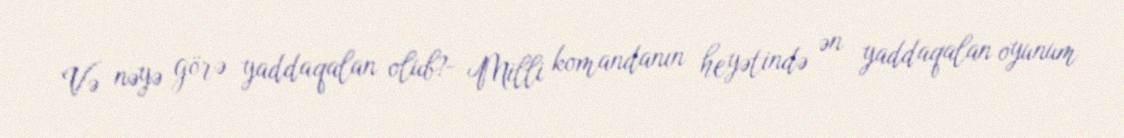
Və nəyə görə yaddaqalan olub?- Milli komandanın heyətində ən yaddaqalan oyunum